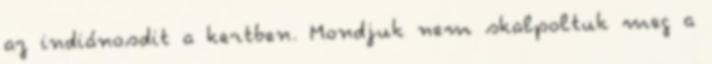
az indiánosdit a kertben. Mondjuk nem skalpoltuk meg a